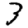
Digit: 3